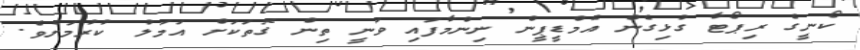
ކޯނީގެ ރިޕޯޓާ ގުޅިގެން އެމްޑީޕީން ނިންމާފައި ވަނީ ތިން ގޮތަކަށް އަމަލު ކުރުމަށެވެ.